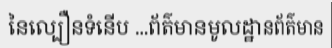
នៃល្បឿនទំនើប ...ព័ត៌មានមូលដ្ឋានព័ត៌មាន